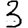
Digit: 3